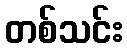
တစ်သင်း